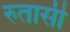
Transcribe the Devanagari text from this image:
रुतासी